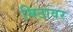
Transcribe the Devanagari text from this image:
मिठावर